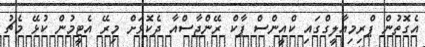
އެގޮތުން ޕްރިމިއާލީގްގައި ކްއީންސް ޕާކް ރޭންޖާސްއާ ދެކޮޅަށް މިރޭ އެޓީމުން ކުޅޭ މެޗު